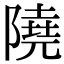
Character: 隢